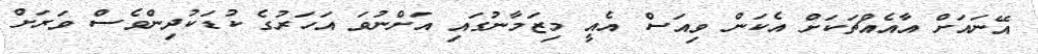
އޭނައަށް އާއެއްޗަކަށް އެކަން ވިއަސް އެއީ މިޒަމާނުގައި އަށްނުވަ އަހަރުގެ ކުޑަކުދިންވެސް ވަރަށް